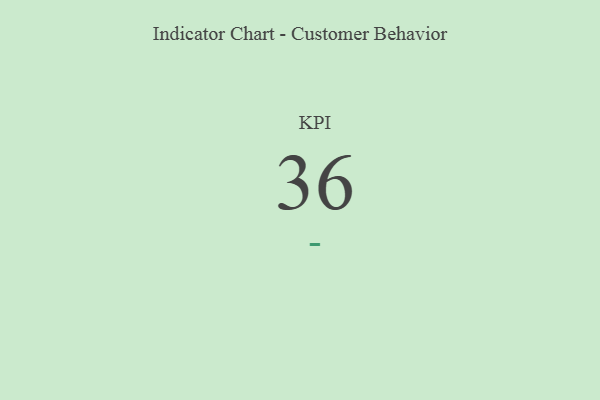
{"axis": {"x": "KPI", "y": "Value"}, "legend": [""], "data": [{"x": "KPI", "y": 36, "type": ""}]}